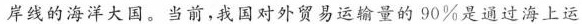
岸线的海洋大国。当前，我国对外贸易运输量的90%是通过海上运